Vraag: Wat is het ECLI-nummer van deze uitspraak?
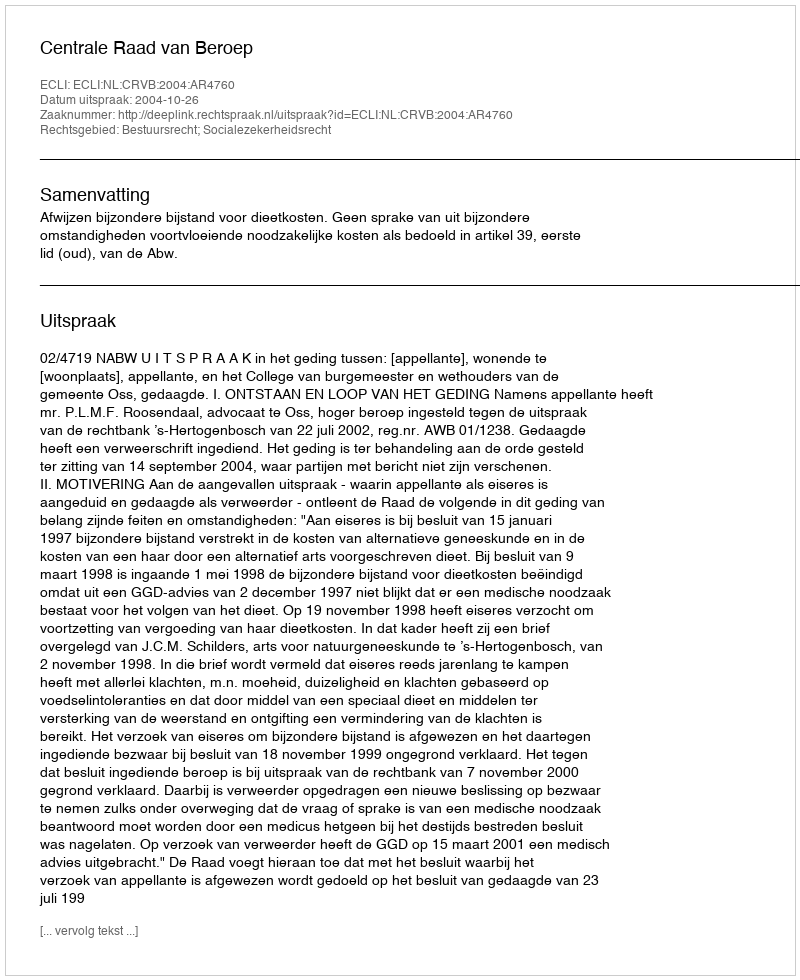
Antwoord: ECLI:NL:CRVB:2004:AR4760